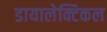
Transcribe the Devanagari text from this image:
डायालेक्टिकल